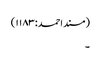
(مسند احمد:۱۱۸۳)
۔